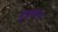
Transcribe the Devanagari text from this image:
ट्रीज़मान